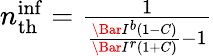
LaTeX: \begin{array}{r}{n_{\mathrm{th}}^{\mathrm{inf}}=\frac{1}{\frac{\Bar{I}^{b}(1-C)}{\Bar{I}^{r}(1+C)}-1}}\end{array}